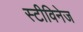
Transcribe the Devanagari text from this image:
स्टीविनेज